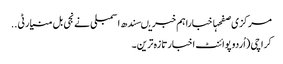
مرکزی صفحہاخباراہم خبریںسندھ اسمبلی نے نجی بل منیارٹی ..
کراچی (اُردو پوائنٹ اخبارتازہ ترین۔